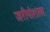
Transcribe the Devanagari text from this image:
जरीपोशाख